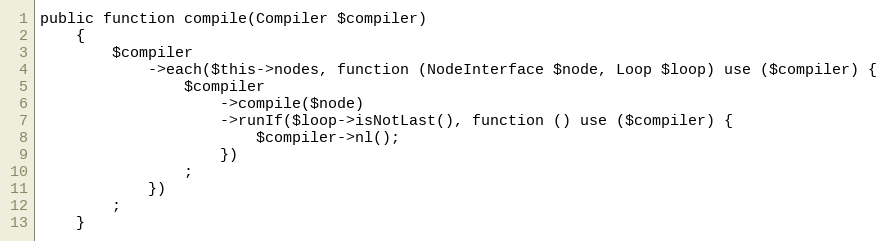
Language: PHP
public function compile(Compiler $compiler)
    {
        $compiler
            ->each($this->nodes, function (NodeInterface $node, Loop $loop) use ($compiler) {
                $compiler
                    ->compile($node)
                    ->runIf($loop->isNotLast(), function () use ($compiler) {
                        $compiler->nl();
                    })
                ;
            })
        ;
    }